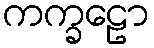
ကက္ခဠော